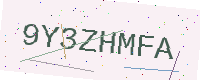
Text: 9Y3ZHMFA